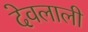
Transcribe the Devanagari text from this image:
देवलाली